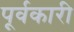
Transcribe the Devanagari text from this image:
पूर्वकारी